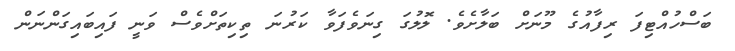
ބަސްހުއްޓިފަ ރިފާއުގެ މޫނަށް ބަލާށެވެ. ލޮލުގަ ގިނަވެފަވާ ކަރުނަ ތިކިތަށްވެސް ވަނީ ފައިބައިގަންނަން